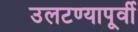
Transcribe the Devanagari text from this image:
उलटण्यापूर्वी